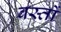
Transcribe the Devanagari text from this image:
बस्तों